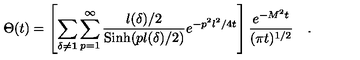
\Theta ( t ) = \left[ \sum _ { \delta \neq { \bf 1 } } \sum _ { p = 1 } ^ { \infty } { \frac { l ( \delta ) / 2 } { \mathrm { S i n h } ( p l ( \delta ) / 2 ) } } e ^ { - p ^ { 2 } l ^ { 2 } / 4 t } \right] { \frac { e ^ { - M ^ { 2 } t } } { ( \pi t ) ^ { 1 / 2 } } } \quad .